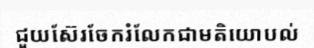
ជួយស៊ែរចែករំលែកជាមតិយោបល់